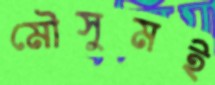
মৌসুমই